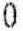
0